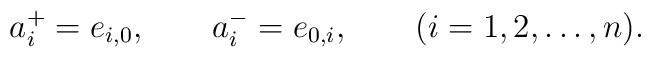
a_i^+= e_{i,0}, \qquad a_i^-=e_{0,i},\qquad (i=1,2,\ldots,n).